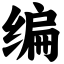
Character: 编